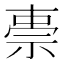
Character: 𮁸